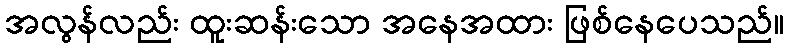
အလွန်လည်း ထူးဆန်းသော အနေအထား ဖြစ်နေပေသည်။